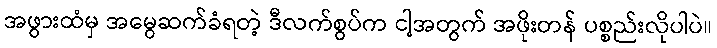
အဖွားထံမှ အမွေဆက်ခံရတဲ့ ဒီလက်စွပ်က ငါ့အတွက် အဖိုးတန် ပစ္စည်းလိုပါပဲ။